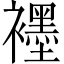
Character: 𬡶